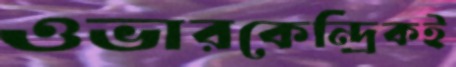
ওভারকেন্দ্রিকই